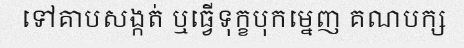
ទៅគាបសង្កត់ ឬធ្វើទុក្ខបុកម្នេញ គណបក្ស